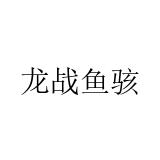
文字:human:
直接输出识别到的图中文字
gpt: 龙战鱼骇